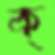
ক্